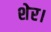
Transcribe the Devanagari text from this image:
शेर।